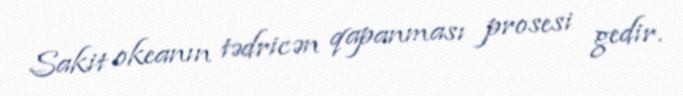
Sakit okeanın tədricən qapanması prosesi gedir.